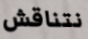
نتناقش